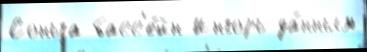
Соньга басс'е́йн Ингорь да́нным